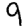
Digit: 9